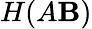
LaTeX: H(A\mathbf{B})